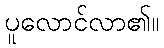
ပူလောင်လာ၏။